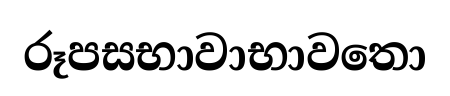
රූපසභාවාභාවතො